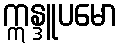
ဣန္ဒူပမော